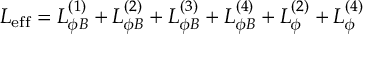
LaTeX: { \cal L } _ { \mathrm { e f f } } = { \cal L } _ { \phi B } ^ { ( 1 ) } + { \cal L } _ { \phi B } ^ { ( 2 ) } + { \cal L } _ { \phi B } ^ { ( 3 ) } + { \cal L } _ { \phi B } ^ { ( 4 ) } + { \cal L } _ { \phi } ^ { ( 2 ) } + { \cal L } _ { \phi } ^ { ( 4 ) }